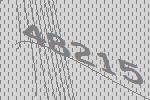
48215